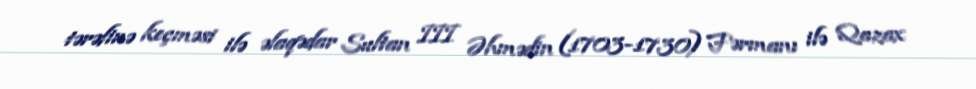
tərəfinə keçməsi ilə əlaqədar Sultan III Əhmədin (1703-1730) Fərmanı ilə Qazax